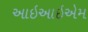
આઇઆઇએમ